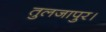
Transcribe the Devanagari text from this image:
तुलजापुर।